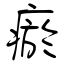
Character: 瘀